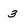
Character: 3